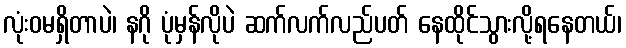
လုံးဝမရှိတာပဲ၊ နဂို ပုံမှန်လိုပဲ ဆက်လက်လည်ပတ် နေထိုင်သွားလို့ရနေတယ်၊